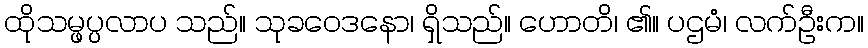
ထိုသမ္ဖပ္ပလာပ သည်။ သုခဝေဒနော၊ ရှိသည်။ ဟောတိ၊ ၏။ ပဌမံ၊ လက်ဦးက။